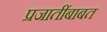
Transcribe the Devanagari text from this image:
प्रजातींबाबत